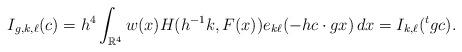
LaTeX: \begin{align*}I_{g,k,\ell}(c)=h^4\int_{\mathbb{R}^4} w(x) H(h^{-1}k, F(x))e_{k\ell}(-hc\cdot gx)\, dx=I_{k,\ell}({}^tg c).\end{align*}